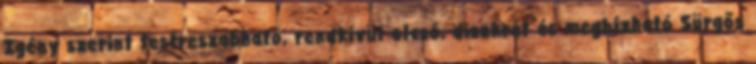
Igény szerint testreszabható, rendkívül olcsó, diszkrét és megbízható Sürgős